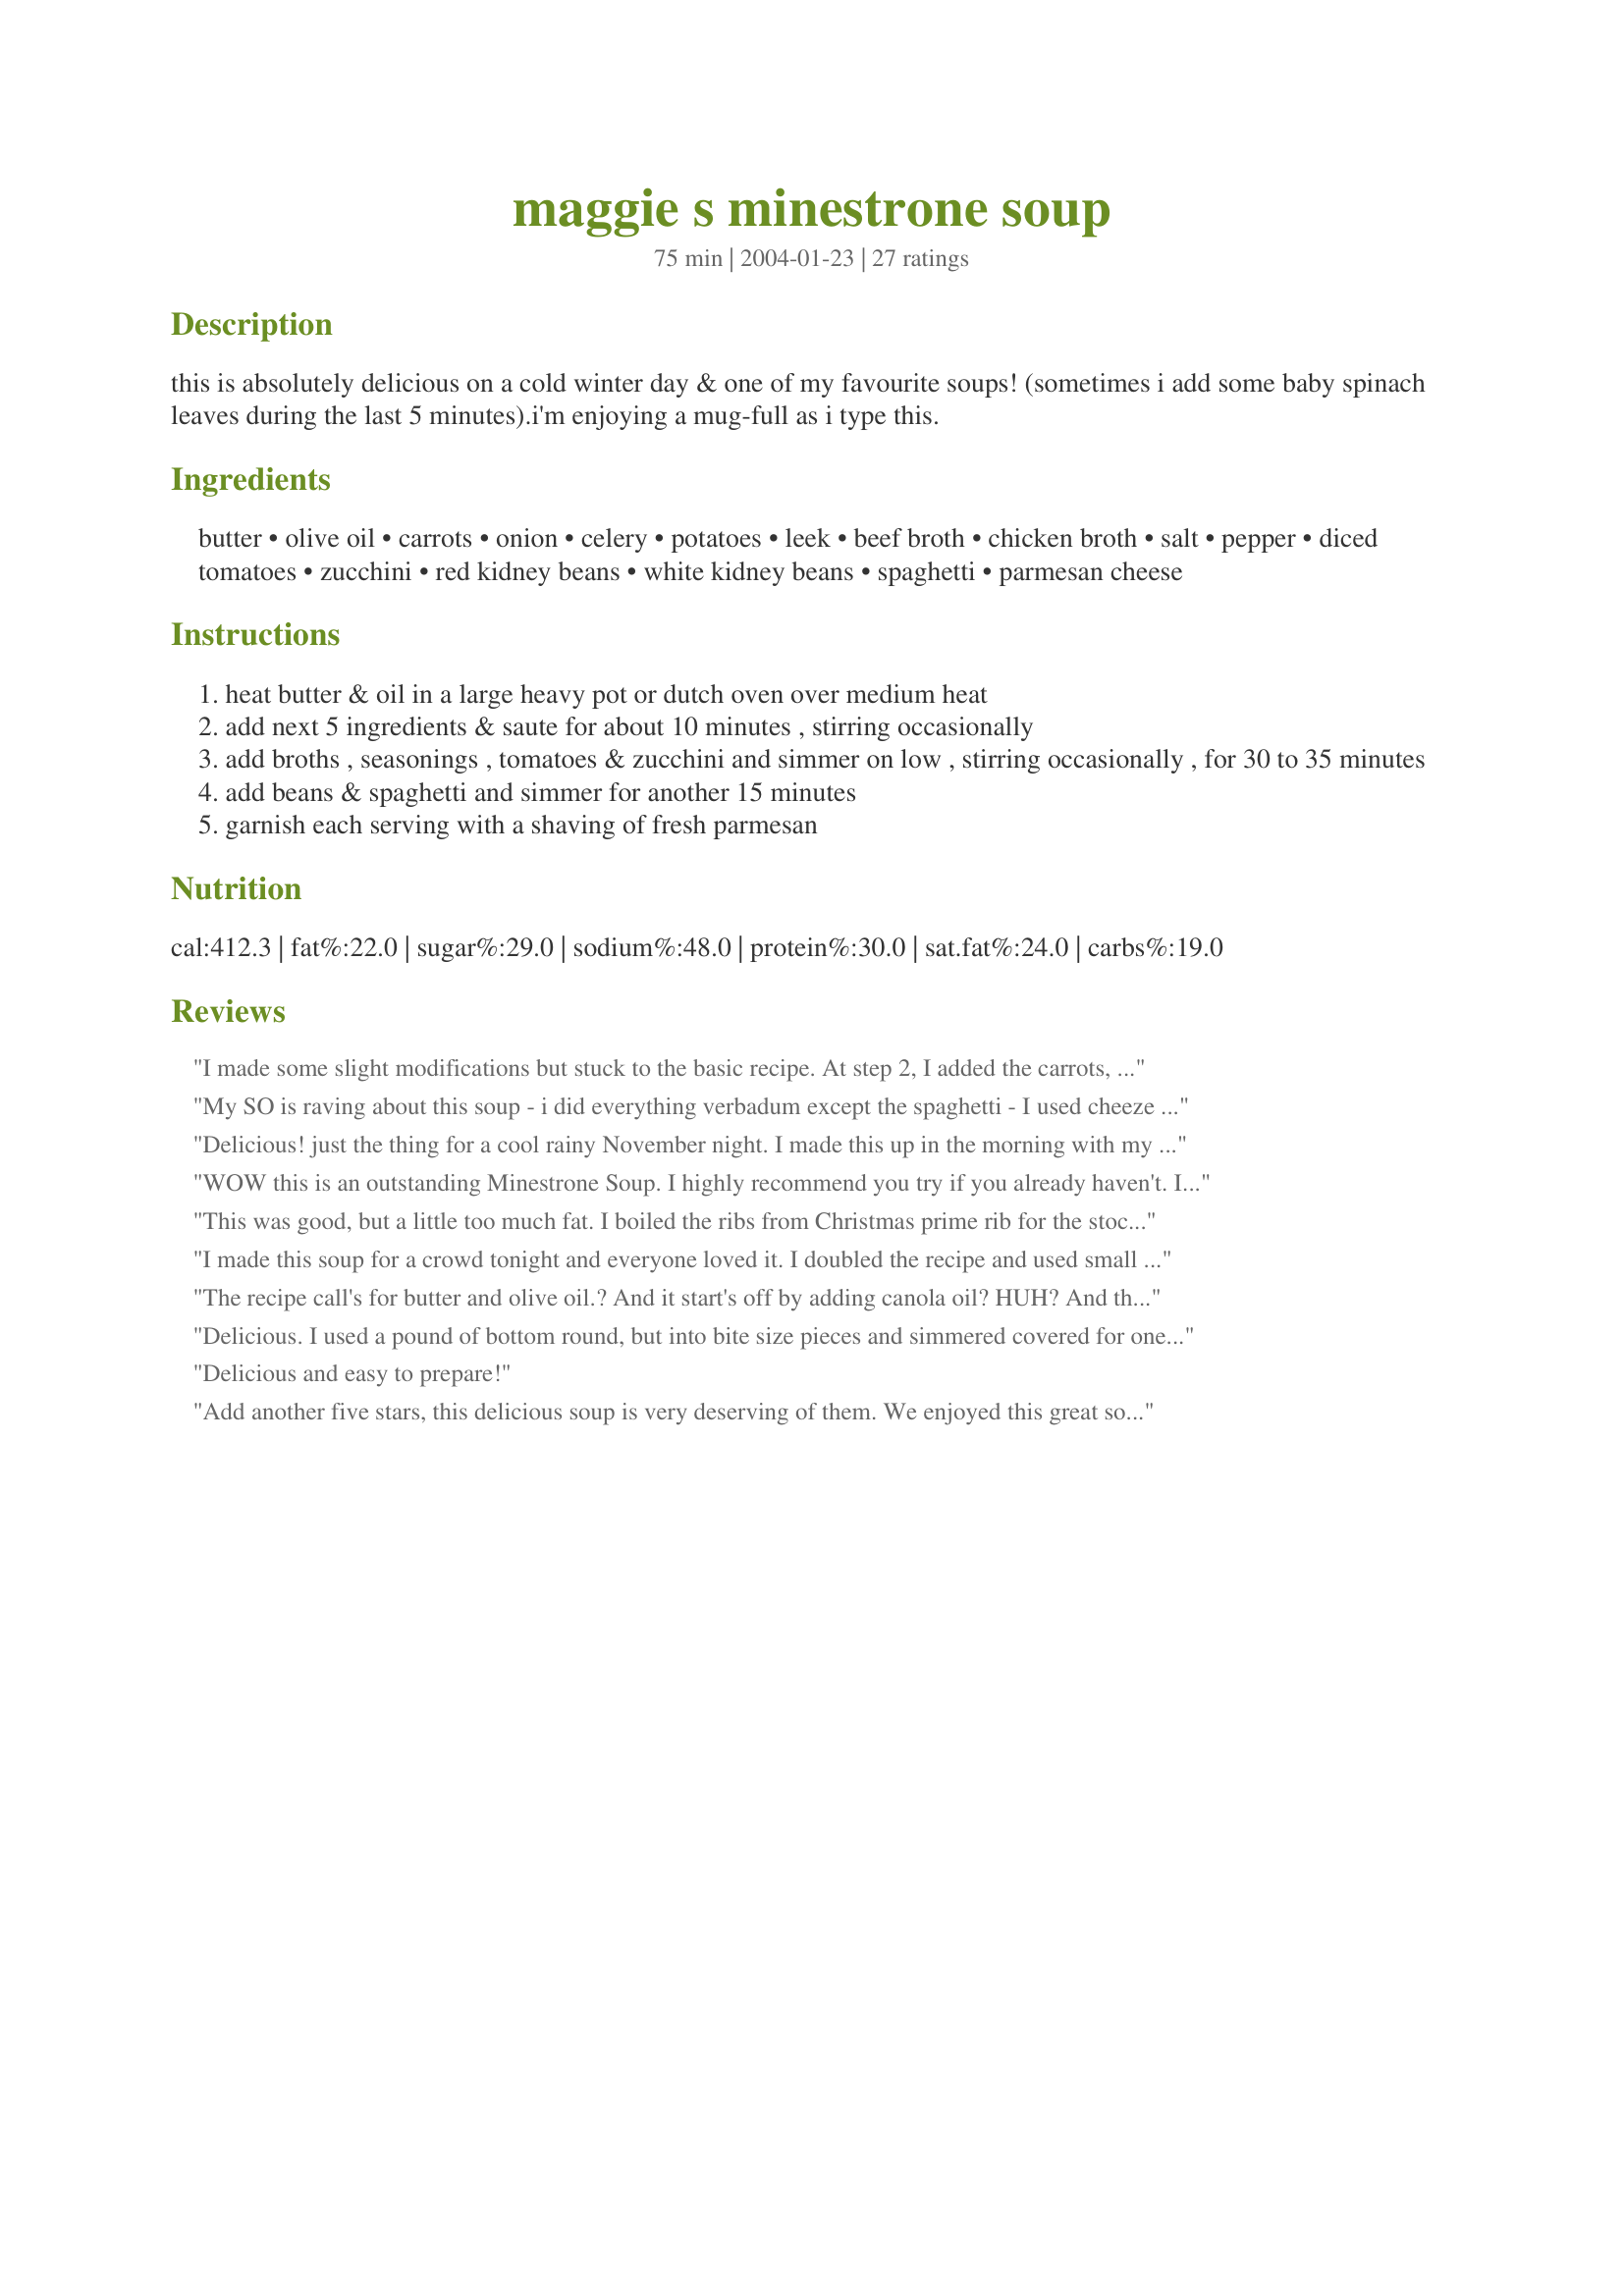
maggie s minestrone soup
Preparation time: 75 minutes

this is absolutely delicious on a cold winter day & one of my favourite soups! (sometimes i add some baby spinach leaves during the last 5 minutes).i'm enjoying a mug-full as i type this.

Ingredients:
butter, olive oil, carrots, onion, celery, potatoes, leek, beef broth, chicken broth, salt, pepper, diced tomatoes, zucchini, red kidney beans, white kidney beans, spaghetti, parmesan cheese

Steps:
heat butter & oil in a large heavy pot or dutch oven over medium heat
add next 5 ingredients & saute for about 10 minutes , stirring occasionally
add broths , seasonings , tomatoes & zucchini and simmer on low , stirring occasionally , for 30 to 35 minutes
add beans & spaghetti and simmer for another 15 minutes
garnish each serving with a shaving of fresh parmesan

Reviews:
I made some slight modifications but stuck to the basic recipe. At step 2, I added the carrots, celery, onions, and potatoes (no leeks on hand so not added) - did not really measure and probably doubled in some cases. Add next 5 ingredients &amp; saute for about 10 minutes, stirring occasionally. I didn&#039;t have chicken broth so added bouillon to approx. 3 cups of water with the beef broth. I did not add salt and pepper and it didn&#039;t really needed it...but I&#039;d suggest taste testing based on the broth you use :). I like a more &quot;bonded&quot; soup so I simmered for about 3 hours before adding beans (only lightly rinsed). After about 30 minutes I added ditali pasta and let that go for 15 minutes. The taste was restaurant quality!
My SO is raving about this soup - i did everything verbadum except the spaghetti - I used cheeze filled tortalini- This is very rich flavourful soup - if you are going to try it - don't change it up - try it as it - you won't be sorry... GREAT RECIPE ! (also freezes well)
Delicious! just the thing for a cool rainy November night. I made this up in the morning with my own homemade stocks that I had in the freezer, and still had some zucchinni left over from my garden, and also added some cabbage, I omitted the leeks and added more onion. This soup was hearty and delicious... I served it with roast beef on homemade crusty rolls. We enjoyed this very much Country Lady, thanks so much for posting!...Kitten:)
WOW this is an outstanding Minestrone Soup. I highly recommend you try if you already haven't. I used Kittencal's Wonderful Beef Stock Crockpot <a href="/80434">Wonderful Beef Stock Crockpot</a> for the beef broth and cheated by using sodium reduced chicken stock from the store. I didn't have any kidney beans on hand so I used a can of Bean Medley (chick peas, kidney beans, back eye peas etc.) The flavour was incredible. DH had two bowls for lunch. Thank you for posting a great soup.
This was good, but a little too much fat. I boiled the ribs from Christmas prime rib for the stock so there was some fat in there too. I used 6 cups of that not half beef, half chicken. Also used 3 green onions instead of leeks and chopped up the little bit of meat off the bones and added that. No zucchini. I broke the spaghettis into about 1&quot; pieces but it was too weird. I think a more substantial pasta would be better, bow ties, maybe.
I made this soup for a crowd tonight and everyone loved it. I doubled the recipe and used small tube noodles instead of spaghetti. Outstanding!!!
The recipe call's for butter and olive oil.? And it start's off by adding canola oil? HUH? And there is potato's and spaghetti in it.That to me is tooo much starch!
Delicious. I used a pound of bottom round, but into bite size pieces and simmered covered for one hour before adding 1/2 cup Ditini pasta. DELICIOUS and easy! Thanks for the recipe
Delicious and easy to prepare!
Add another five stars, this delicious soup is very deserving of them. 
 We enjoyed this great soup, so easy to make and the recipe is now in our favorites file. Another of CountryLady's great recipes. Thanks for sharing.
My kids love minestrone but I don't care for it. Made this and ... I'm now a fan! This was so good and healthy! Great recipe! Did as told and it was easy to put together and then wait :) YUM
This was outstanding! I left out the leek and any type of noodles (hubby is not a fan of pasta in soups) but followed everything else exactly. It was wonderful! Thanks for a good soup on a cold rainy night.
Delicious and so easy to make. I did add some garlic and chili paste but I usually add these to most recipes. Yummy winter dinner with crusty warm bread..will definitely be making this again! Thanks for the recipe!!
So simple and so good.. The only addition I used was bay leaf. I was worried about the lack of spices. There was nothing to worry about - it was soo good.
I liked it.
This was fabulous, I did tweak it a little though. I added 1 can of mixed beans and doubled the pasta (I have little children) because of this I added an extra 2 cups of broth. I also added a pinch of thyme and basil. Served it hot with parmesan cheese and colby (montory jack), let it go all melty and ate with toast - amazing! My 3 sons loved it - particulary the "soup" part. Congratulations on a recipe that 4, 3 and 1.5 year old boys gobbled up with no complaints!
This soup was so easy to make.Most of the ingredients I had in the house and if I didn't I improvised. This is a wonderful hearty soup. My husband really enjoyed it. Next time I will use less olive. Will be making this again.
Absolutely excellent! Had it with homemade savory cheese bread and it was a hit all around. Makes a ton....great for leftovers.
I was hungry for some vegetable soup since it is soooo cold here in Baltimore. I didn't have any beef so looked at several minestrone recipes before deciding on this one because I had everything called for. I had small bags of lima beans and collard greens from my garden. I had some sweet potatoes I needed to use up, so chopped one of those up for one of the potatoes. Surprisingly, it didn't taste sweet at all as I feared and actually tastes good in the soup. I added an extra teaspoon of beef base, a half a can of tomato paste, used stewed tomatoes and added some italian seasoning, savory, marjoram, bay leaves and garlic. It's very good with some parmesean cheese on top and bread and butter. Lots of good things in this soup!
Excellent recipe. Only subsitutions were half as much olive oil and half as much butter - and I used light butter. It really doesn't need 15 grams of fat per serving to be fantastic. Thanks for the recipe!
This was a wonderful recipe. I added some italian seasoning and it was perfect. I served it with fresh italian bread.
Wonderful! It turned out absolutely perfect.
FABULOUS!!!! This was wonderful,perfect for a cold winters day. I made as written...wouldn't change a thing! This is going into my deserves more than 5 stars cookbook! Thanks for sharing
I thought this soup was delicious! I didn't have a leek or zucchini, so I skipped those. I used 18 OZ of water with 3 beef boullion cubes and 4 cups of chicken broth and skipped the additional salt. I added 14 OZ diced tomatoes and 1 10 OZ can Rotel mild tomatoes with chiles/ I added 1 14 OZ can garbanzo beans and 1/2 cup elbow macaroni and about 3 cups spinach at the end. Loved it!!
A great soup that is light and full of the good carbs. The next time I make it I am going to use red potatoes, because I used white and they didn't hold up. Also I am going to cut them into 1 inch cubes instead of diced. My DH was sick in bed with a cold and I gave him this. He said it was a perfect soup to serve when you are on your sick bed.
I love Minestrone soup alot ever since I had it for the first time at the Olive Garden restaurant in Orlando. I have been desperately wanting to have the recipe. Thank you so much for posting this! I made this for dinner tonight using Maggi vegetable broth with onions as a substitute for the chicken and beef broth. Also, I used Pure Wesson Canola oil as a substitute for the olive oil and I used ghee as a substitute for butter. I had to omit the zucchini and leek since I did not have those on hand and I'm not a big fan of them either. This soup was very nice and made me warm. Thank you for sharing the incredibly good recipe on Zaar!
Very nice soup....very fast to make, lots of flavour and body!
